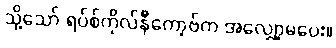
သို့သော် ရပ်စ်ကိုလ်နီကော့ဗ်က အလျှော့မပေး။